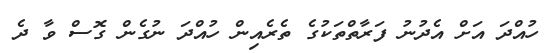
ހުއްދަ އަށް އެދުނު ފަރާތްތަކުގެ ތެރެއިން ހުއްދަ ނުގެން ގޮސް ވާ ދެ